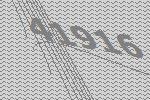
41916